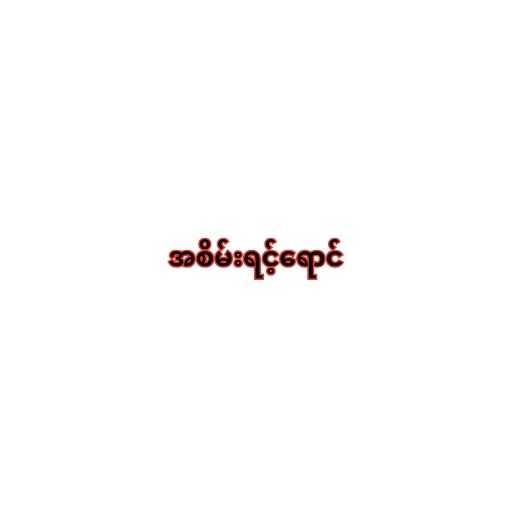
အစိမ်းရင့်ရောင်